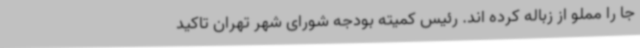
جا را مملو از زباله کرده اند. رئیس کمیته بودجه شورای شهر تهران تاکید